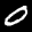
Label: 0